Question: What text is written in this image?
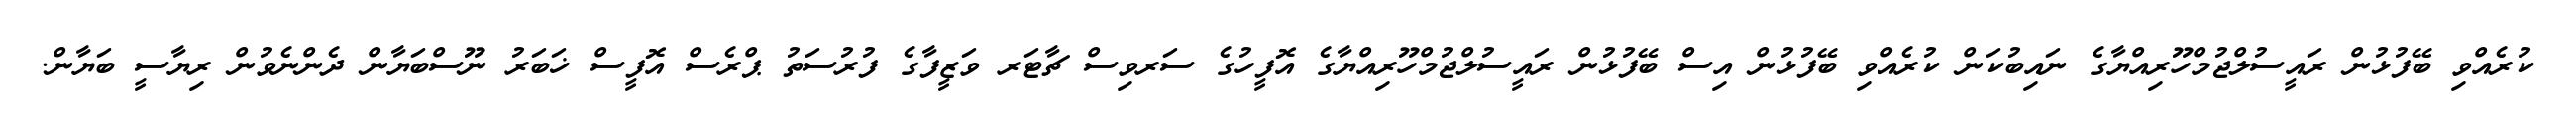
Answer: ކުރެއްވި ބޭފުޅުން ރައީސުލްޖުމްހޫރިއްޔާގެ ނައިބުކަން ކުރެއްވި ބޭފުޅުން އިސް ބޭފުޅުން ރައީސުލްޖުމްހޫރިއްޔާގެ އޮފީހުގެ ސަރވިސް ޗާޓަރ ވަޒީފާގެ ފުރުސަތު ޕްރެސް އޮފީސް ޚަބަރު ނޫސްބަޔާން ދެންނެވުން ރިޔާސީ ބަޔާން.